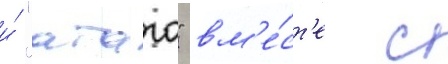
и́ "атаго" вм'е́ст'е с